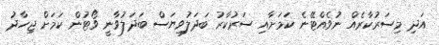
އަދި މިސަރުކާރެއް ނުވެއްޓޭނެ ކަމަށާއި ސަރުކާރު ބަދަލުވިޔަސް ބަދަލުވާނީ ވޯޓުން ކަމަށް ޖިހާދު